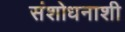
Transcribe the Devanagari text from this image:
संशोधनाशी